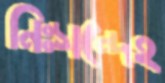
নিঃসন্দেহ